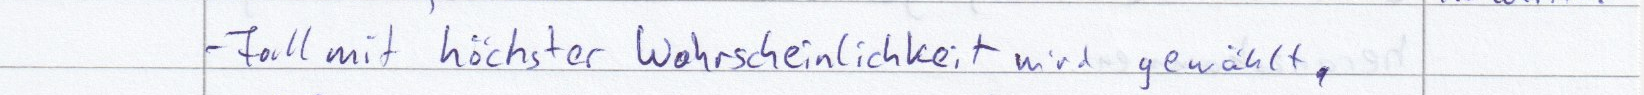
- Fall mit höchster Wahrscheinlichkeit wird gewählt.